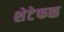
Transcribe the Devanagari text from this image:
शेटेफळ